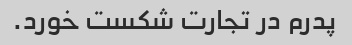
پدرم در تجارت شکست خورد.